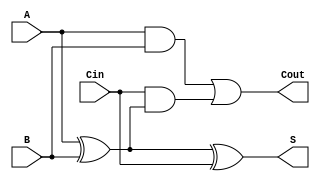
module asynchronous_full_adder (
    input wire A,      // First input bit
    input wire B,      // Second input bit
    input wire Cin,    // Carry input
    output wire S,     // Sum output
    output wire Cout   // Carry output
);

    // Intermediate signals for the XOR operations
    wire AxorB;
    
    // Calculate the sum output S
    assign AxorB = A ^ B;          // A XOR B
    assign S = AxorB ^ Cin;        // (A XOR B) XOR Cin

    // Calculate the carry output Cout
    assign Cout = (A & B) | (Cin & AxorB); // (A AND B) OR (Cin AND (A XOR B))

endmodule